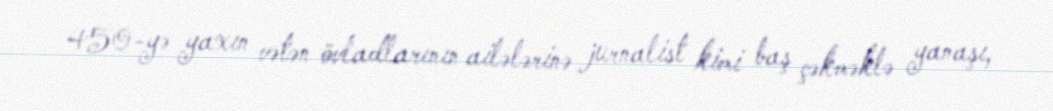
450-yə yaxın vətən övladlarının ailələrinə jurnalist kimi baş çəkməklə yanaşı,